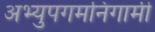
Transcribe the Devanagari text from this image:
अभ्युपगमनिगामी